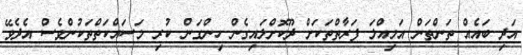
އަދި ބައެއް ތަންތަން އަމިއްލަ ފަރާތްތަކަށް ދޫކޮށްލައިގެން ހިންގަން ކުރި މަސައްކަތްތަކުންވެސް އެދެވޭ